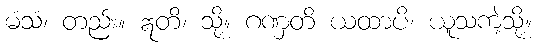
မံသံ၊ တည်း။ ဣတိ၊ သို့။ ဂဏှတိ ယထာပိ၊ ယူသကဲ့သို့။